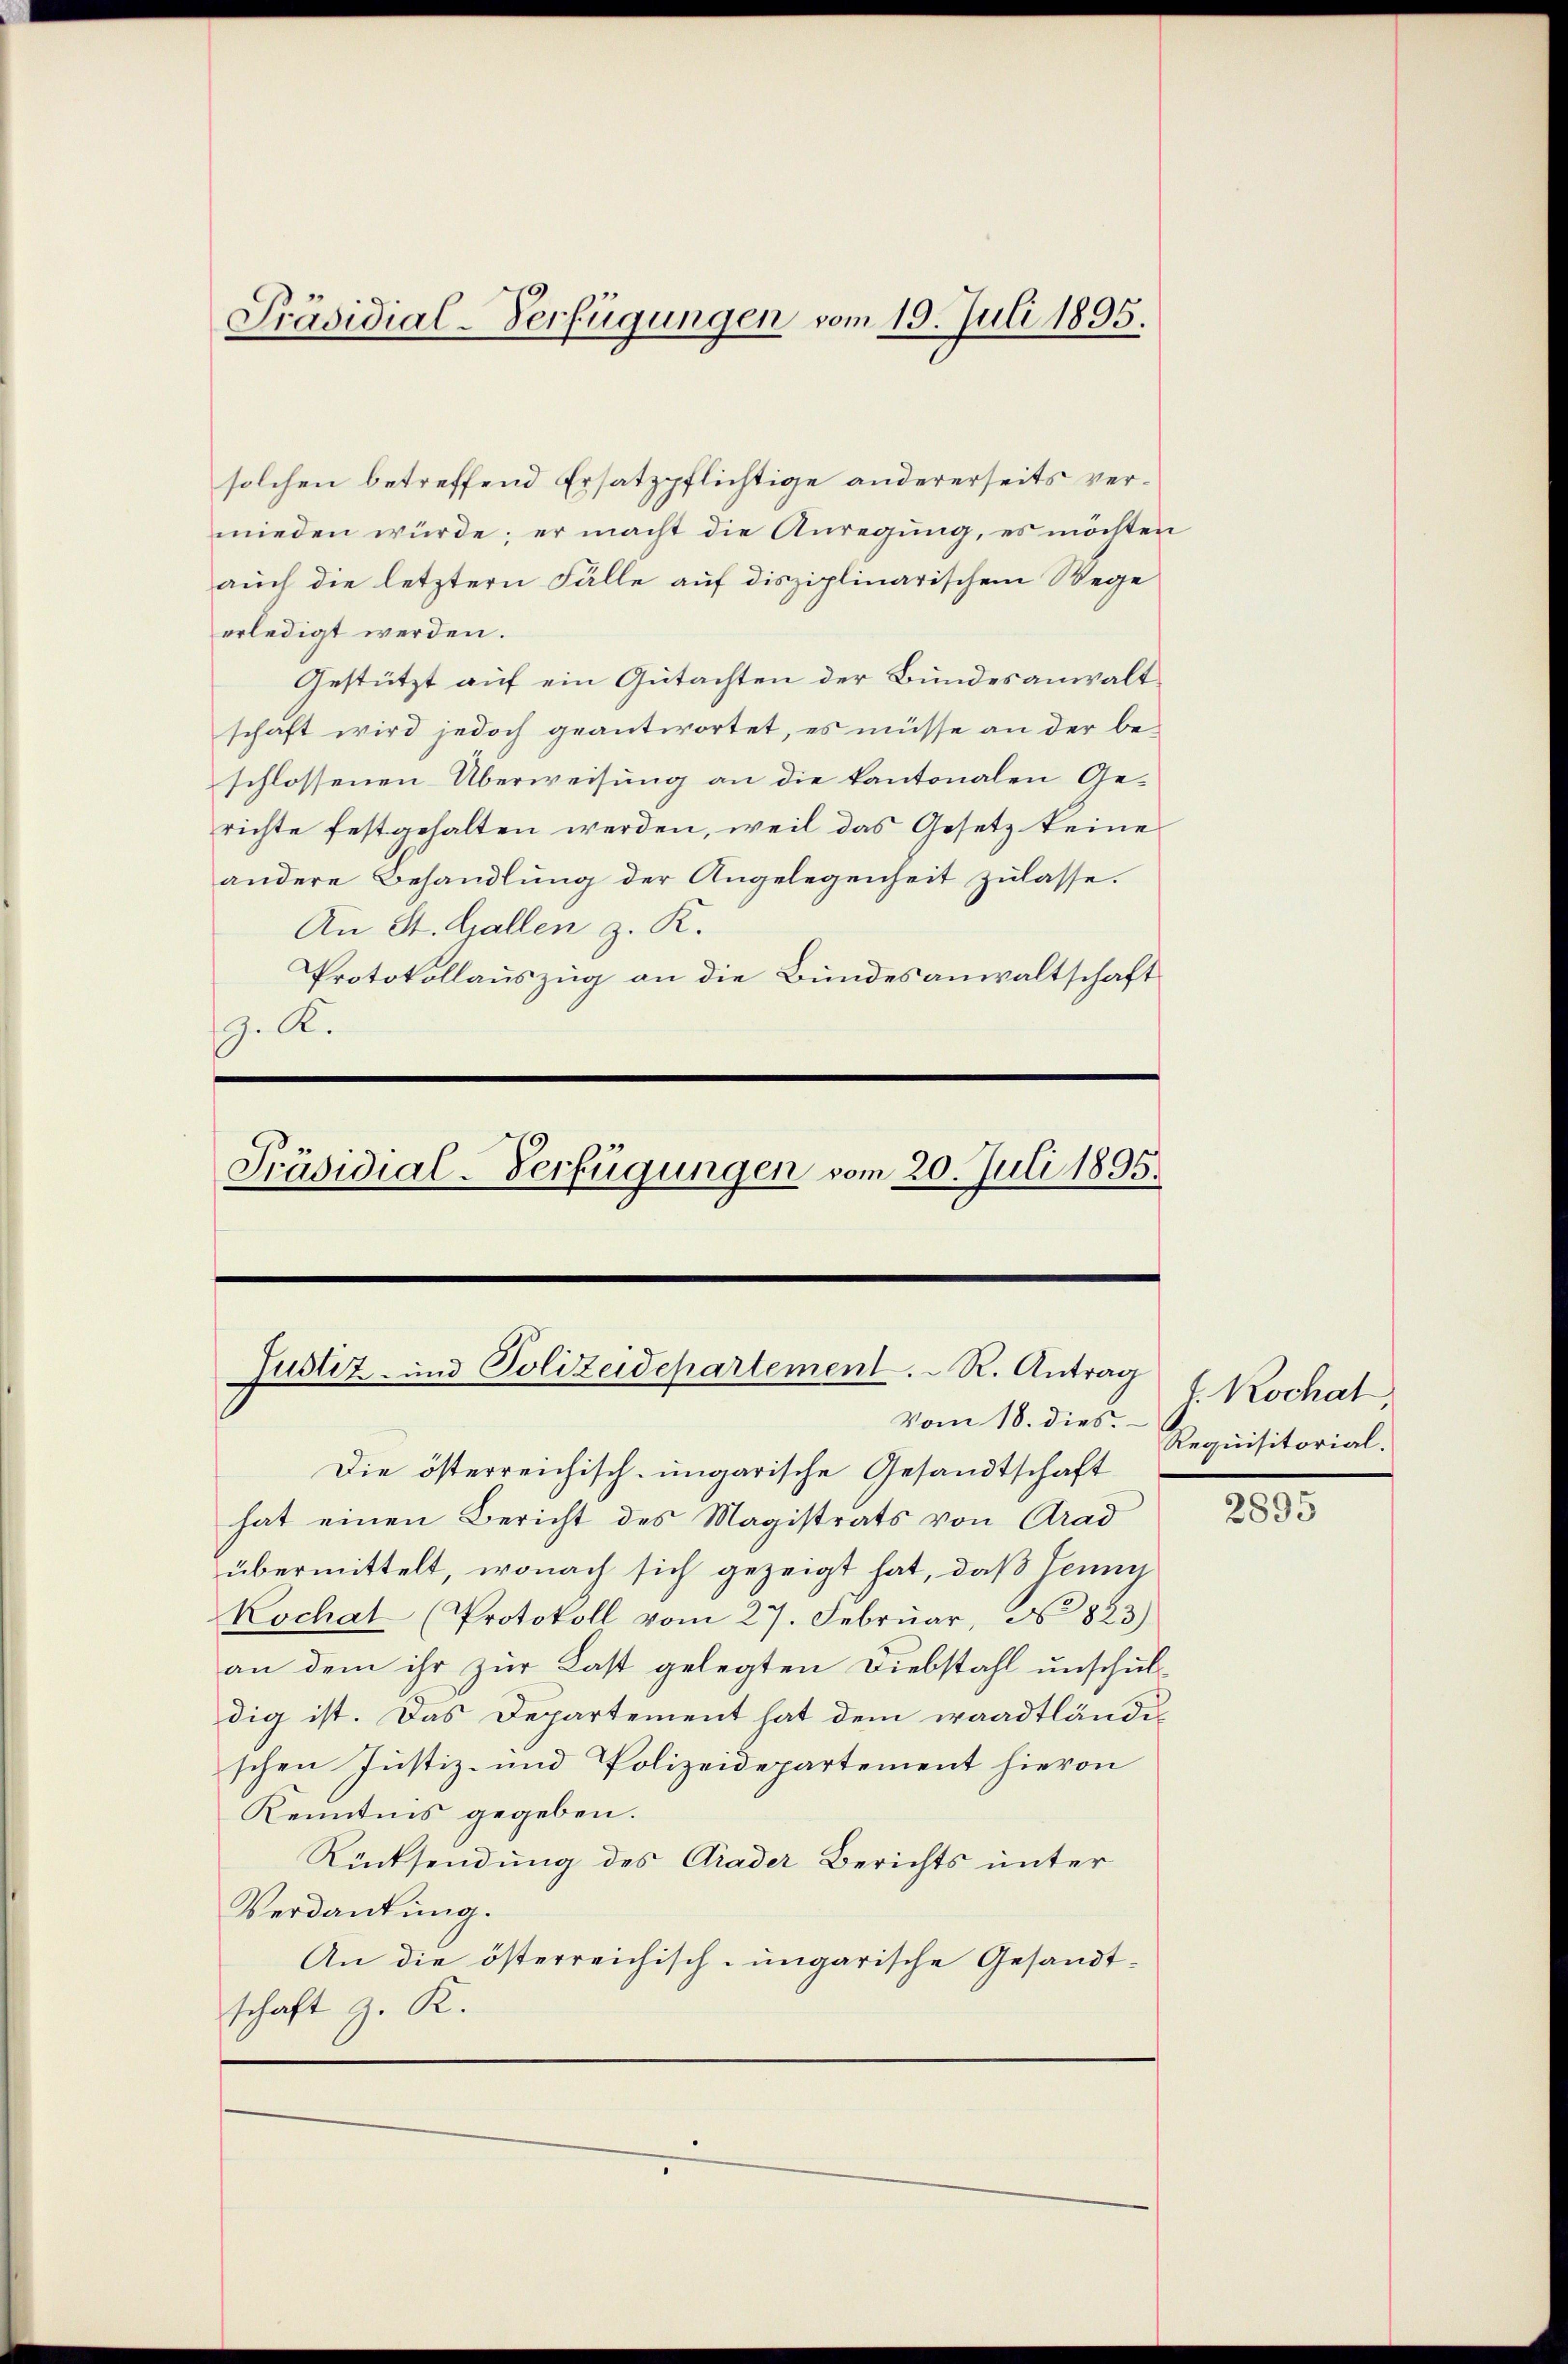
Präsidial-Verfügungen vom 19. Juli 1895.

solchen betreffend Ersatzpflichtige andererseits vermieden würde; er macht die Anregung, es möchten
auch die letztern Fälle auf disziplinarischem Wege
erledigt werden.
Gestützt auf ein Gutachten der Bundesanwaltschaft wird jedoch geantwortet, es müsse an der beschlossenen Überweisung an die kantonalen Gerichte festgehalten werden, weil das Gesetz keine
andere Behandlung der Angelegenheit zulasse.
An St. Gallen z. K.
Protokollauszug an die Bundesanwaltschaft
G. K.

Präsidial-Verfügungen vom 20. Juli 1895.
.

Justiz- und Polizeidepartement. R. Antrag
Vom 18. dies

Die österreichisch-ungarische Gesandtschaft
hat einen Bericht des Magistrats von Grad
übermittelt, wonach sich gezeigt hat, daß Jenny
Kochat (Protokoll vom 27. Februar, No. 823)
an dem ihr zur Last gelegten Diebstahl unschuldig ist. Das Departement hat dem waadtlände
schen Justiz- und Polizeidepartement hievon
Kenntnis gegeben.
Rücksendung des Grader Berichts unter
Verdankung.
An die österreichisch-ungarische Gesandt-
schaft z. R.

f. Kochat,
Requisitorial.

2895